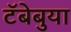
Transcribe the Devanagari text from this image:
टॅबेबुया